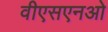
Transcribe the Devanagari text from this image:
वीएसएनओ